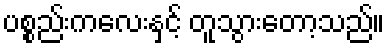
ပစ္စည်းကလေးနှင့် တူသွားတော့သည်။